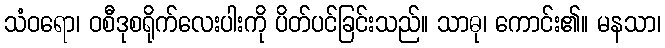
သံဝရော၊ ဝစီဒုစရိုက်လေးပါးကို ပိတ်ပင်ခြင်းသည်။ သာဓု၊ ကောင်း၏။ မနသာ၊